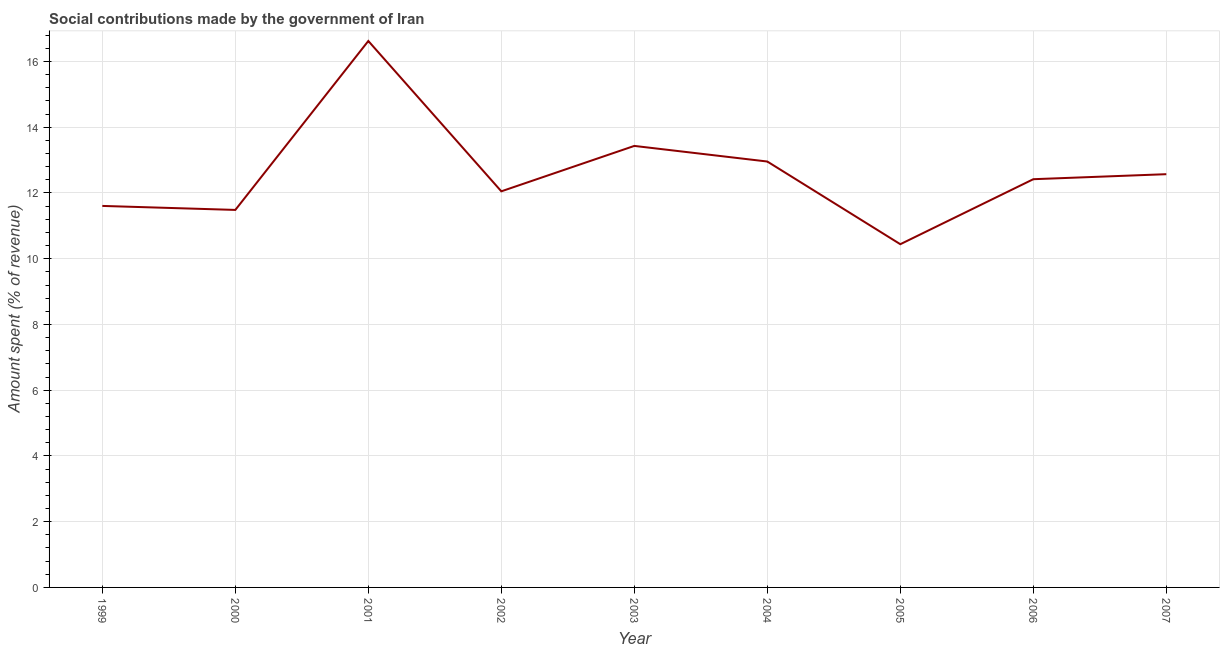
| Year | Social contributions |
 | --- | --- |
 | 1999 | 11.6 |
 | 2000 | 11.5 |
 | 2001 | 16.6 |
 | 2002 | 12 |
 | 2003 | 13.4 |
 | 2004 | 13 |
 | 2005 | 10.4 |
 | 2006 | 12.4 |
 | 2007 | 12.6 |